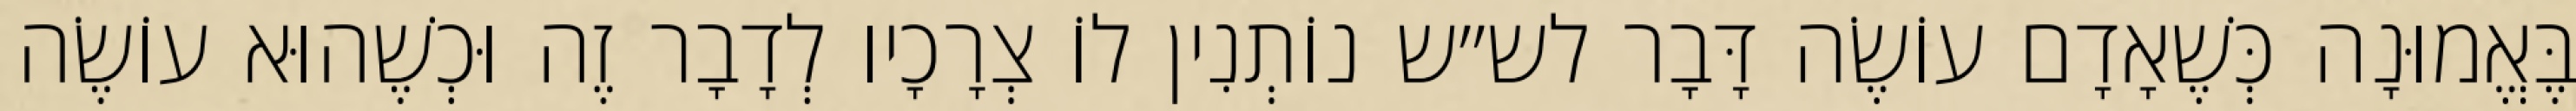
בֶּאֱמוּנָה כְּשֶׁאָדָם עוֹשֶׂה דָּבָר לש״ש נוֹתְנִין לוֹ צְרָכָיו לְדָבָר זֶה וּכְשֶׁהוּא עוֹשֶׂה